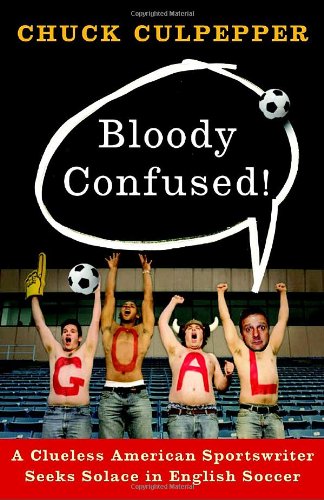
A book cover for Bloody Confused!: A Clueless American Sportswriter Seeks Solace in English Soccer; Chuck Culpepper; Sports & Outdoors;